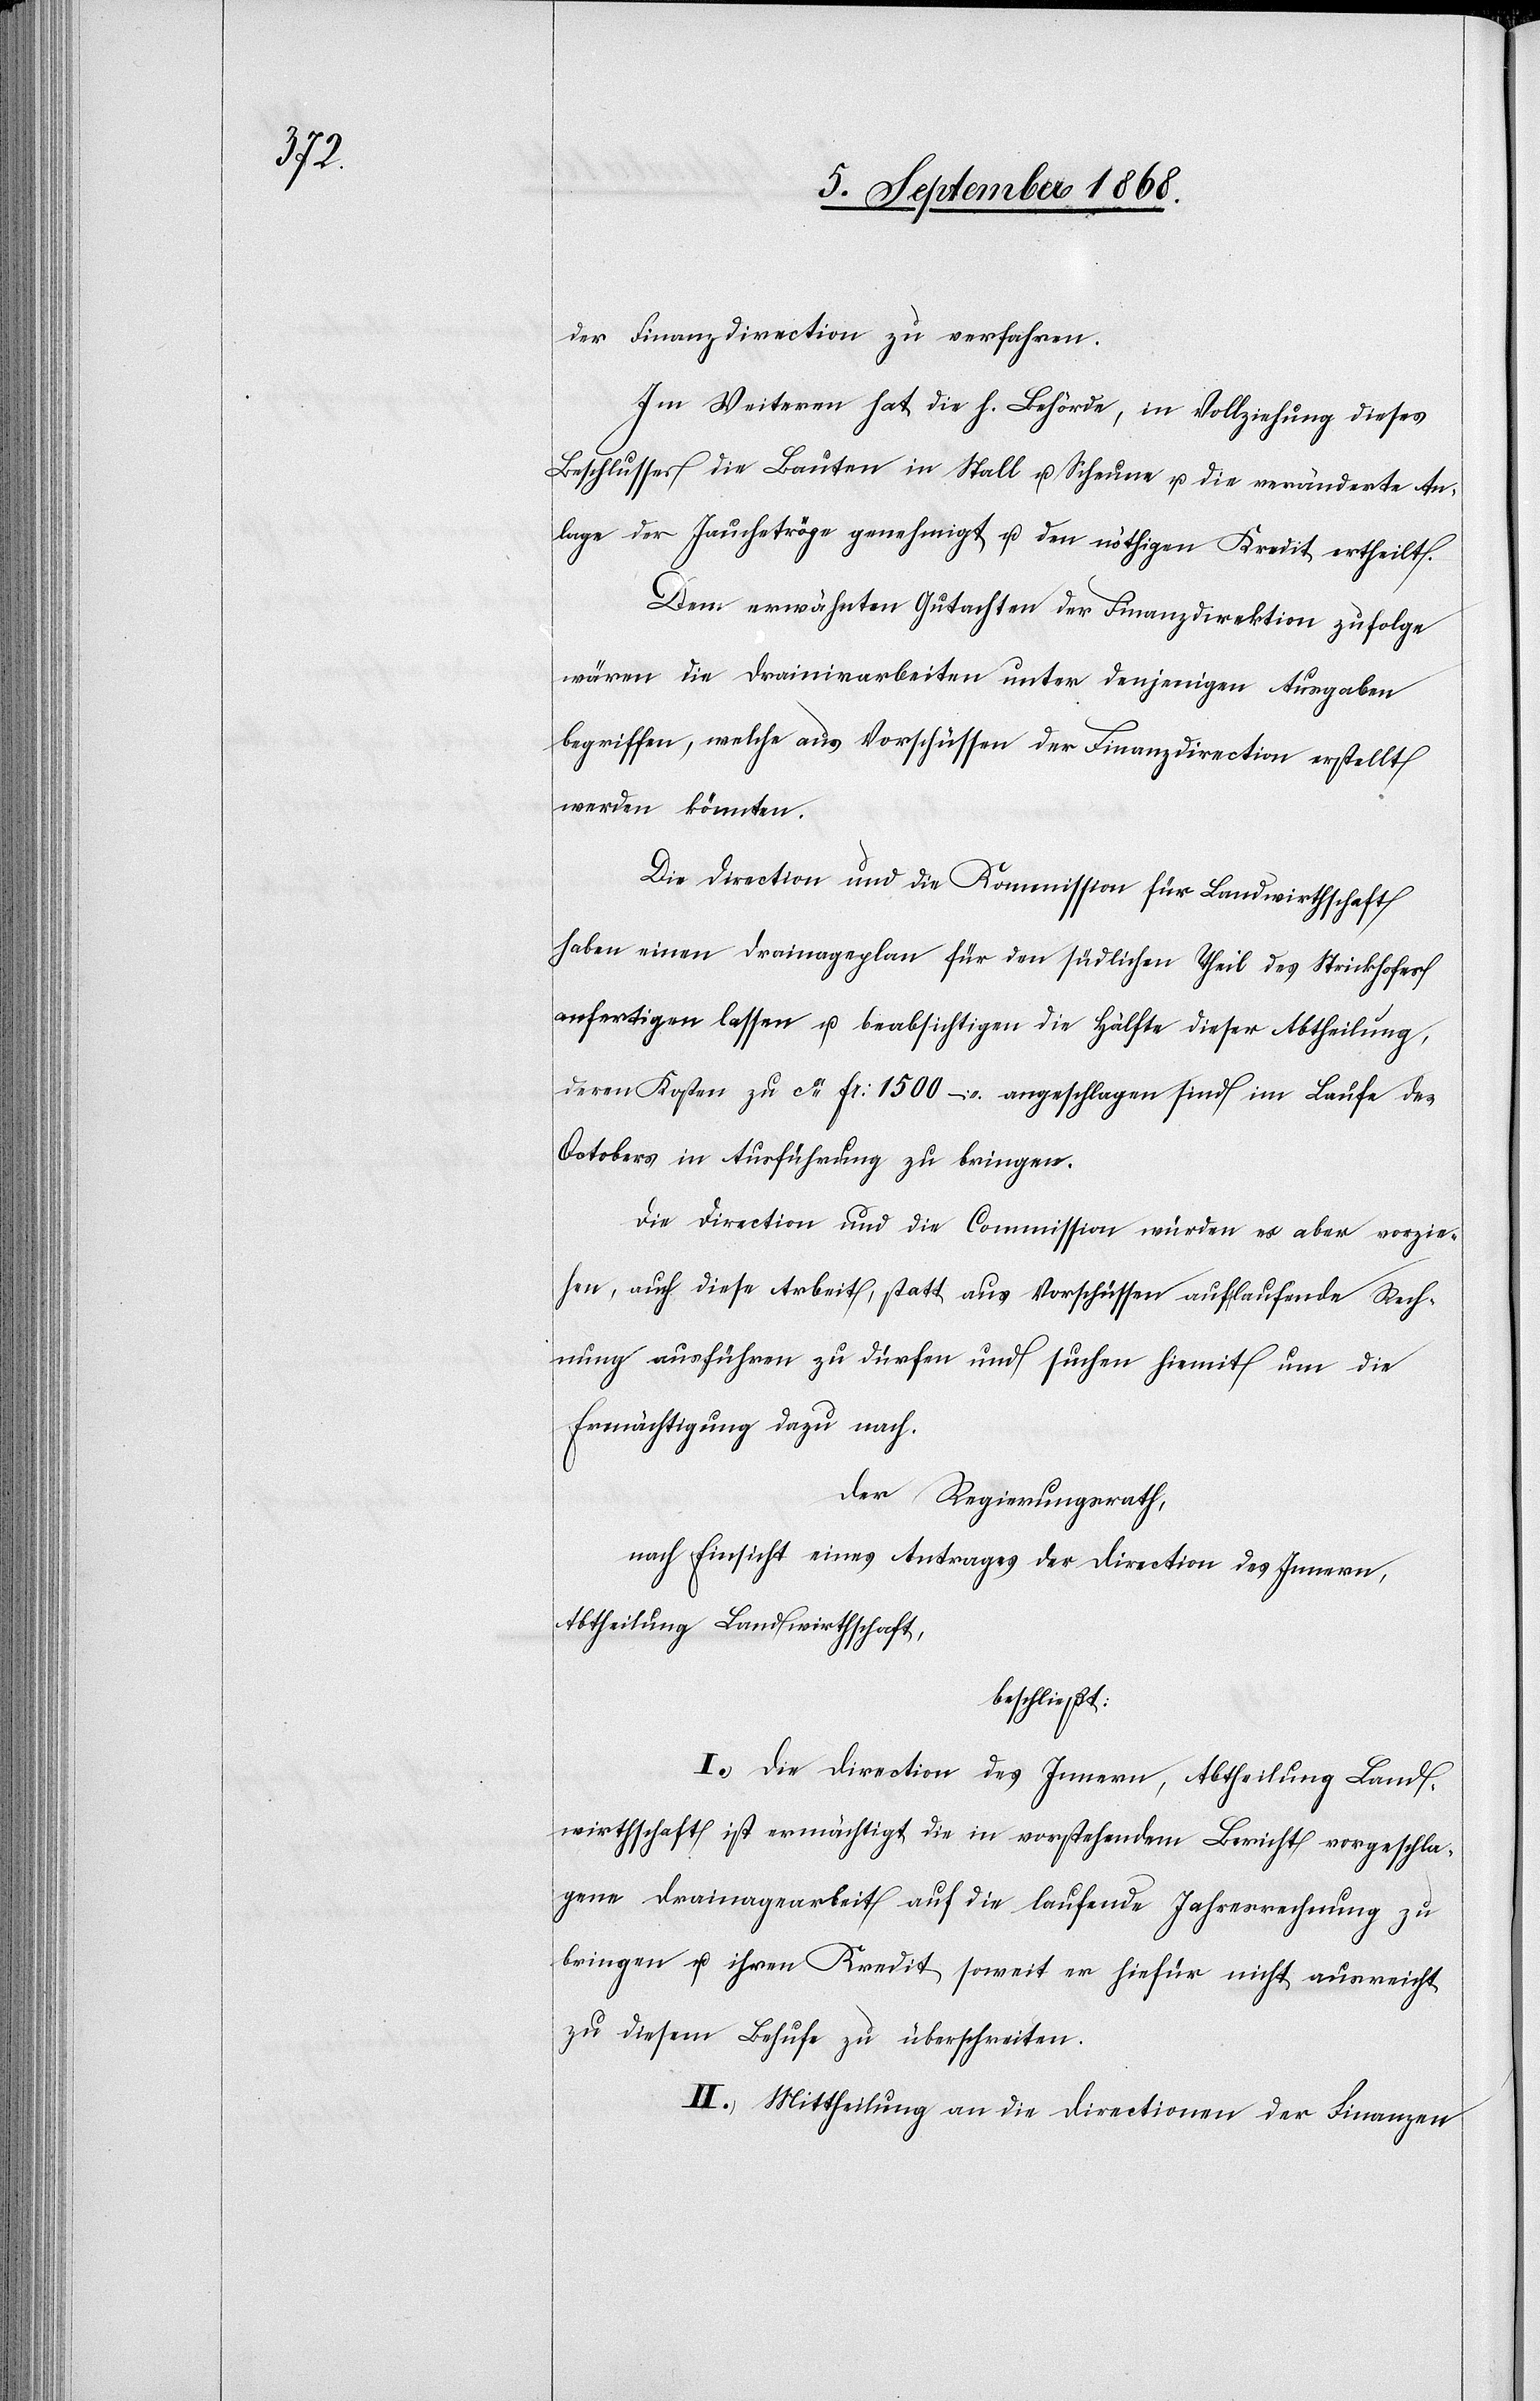
der Finanzdirection zu verfahren.
Im Weiteren hat die h. Behörde, in Vollziehung dieses
Beschlusses die Bauten in Stall u. Scheune u. die veränderte An¬
lage der Jauchetröge genehmigt u. den nöthigen Kredit ertheilt.
Dem erwähnten Gutachten der Finanzdirektion zufolge
wären die Drainirarbeiten unter denjenigen Ausgaben
begriffen, welche aus Vorschüssen der Finanzdirection erstellt
werden könnten.
Die Direction und die Kommission für Landwirthschaft
haben einen Drainageplan für den südlichen Theil des Strickhofes
anfertigen lassen u. beabsichtigen die Hälfte dieser Abtheilung,
deren Kosten zu ca Fr: 1500 – angeschlagen sind im Laufe des
Octobers in Ausführung zu bringen.
Die Direction und die Commission würden es aber vorzie¬
hen, auch diese Arbeit, statt aus Vorschüssen auf laufende Rech¬
nung ausführen zu dürfen und suchen hiemit um die
Ermächtigung dazu nach.
Der Regierungsrath,
nach Einsicht eines Antrages der Direction des Innern,
Abtheilung Landwirthschaft,
beschließt:
I.) Die Direction des Innern, Abtheilung Land¬
wirthschaft ist ermächtigt die in vorstehendem Bericht vorgeschla¬
gene Drainagearbeit auf die laufende Jahresrechnung zu
bringen u. ihren Kredit soweit er hiefür nicht ausreicht
zu diesem Behufe zu überschreiten.
II.) Mittheilung an die Directionen der Finanzen